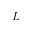
\cal L